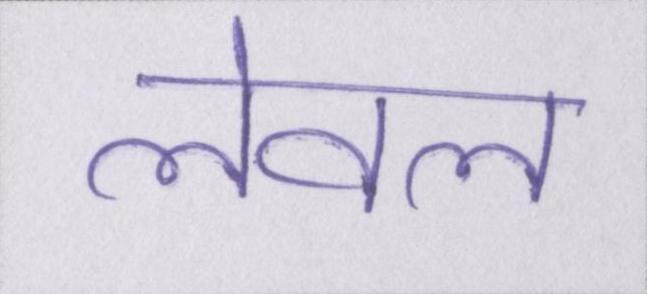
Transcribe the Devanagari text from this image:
लेवल